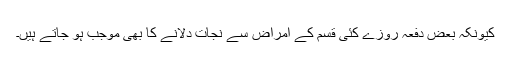
کیونکہ بعض دفعہ روزے کئی قسم کے امراض سے نجات دلانے کا بھی موجب ہو جاتے ہیں۔